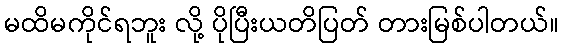
မထိမကိုင်ရဘူး လို့ ပိုပြီးယတိပြတ် တားမြစ်ပါတယ်။